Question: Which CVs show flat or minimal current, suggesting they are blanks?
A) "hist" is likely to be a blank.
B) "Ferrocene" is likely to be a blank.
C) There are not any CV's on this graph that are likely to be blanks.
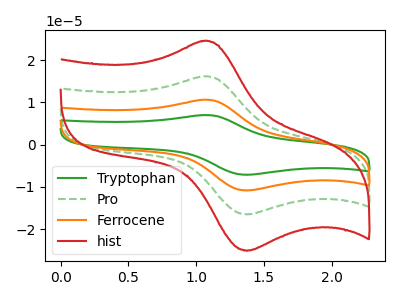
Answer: <think>The green curve "Tryptophan" has an anodic peak at (1.05V, 48.45uA) and a cathodic peak at (1.35V, -49.60uA). The green dashed curve "Pro" has an anodic peak at (1.05V, 16.15uA) and a cathodic peak at (1.35V, -16.55uA). The orange curve "Ferrocene" has an anodic peak at (1.05V, 32.30uA) and a cathodic peak at (1.35V, -33.10uA). The red curve "hist" has an anodic peak at (1.05V, 24.55uA) and a cathodic peak at (1.35V, -25.15uA).</think>
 <answer>C) There are not any CV's on this graph that are likely to be blanks.</answer>
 <eval>C</eval>